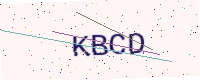
Text: KBCD